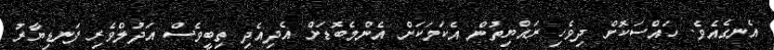
އެނގެއެވެ. ހައްސަކޮށް ދިވެހި ރައްޔިތުން އެކަމަކަށް އެންމެބޮޑަށް އެދިއެދި ތިބީވެސް އަދުލްވެރި ފަނޑިޔާރު